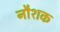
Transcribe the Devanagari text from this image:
नौशक